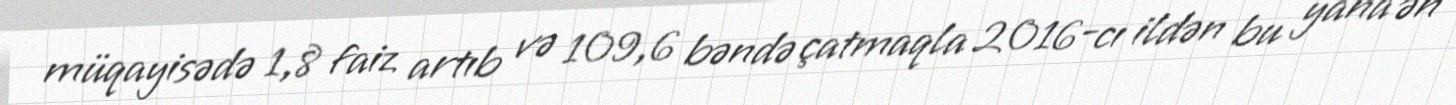
müqayisədə 1,8 faiz artıb və 109,6 bəndə çatmaqla 2016-cı ildən bu yana ən